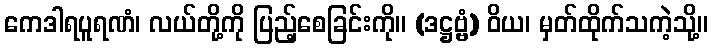
ကေဒါရပူရဏံ၊ လယ်တို့ကို ပြည့်စေခြင်းကို။ (ဒဋ္ဌဗ္ဗံ) ဝိယ၊ မှတ်ထိုက်သကဲ့သို့။